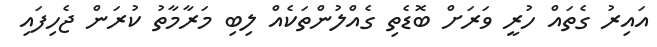
އައިިރު ގެތައް ހުރީ ވަރަށް ބޮޑެތި ގެއްލުންތަކެއް ލިބި މަރާމާތު ކުރަން ޖެހިފައި